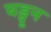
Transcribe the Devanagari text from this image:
घड्वून